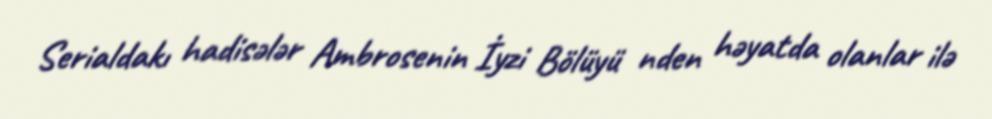
Serialdakı hadisələr Ambrosenin İyzi Bölüyü nden həyatda olanlar ilə